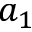
a _ { 1 }